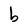
Character: b